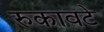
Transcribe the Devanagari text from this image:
रुकावटे